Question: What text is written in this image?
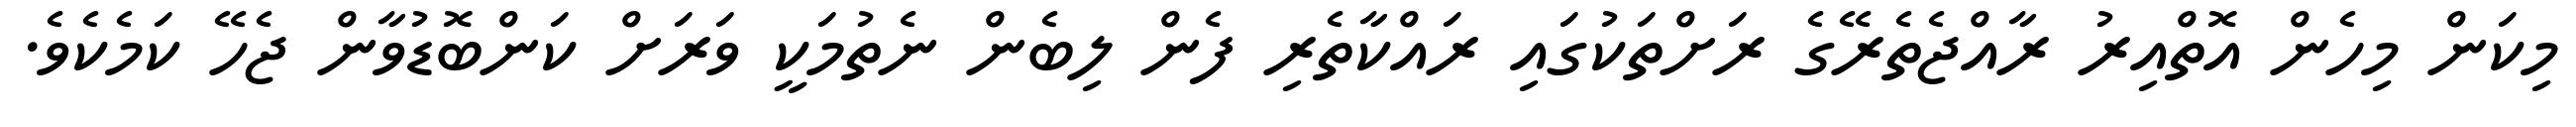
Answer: މިކަން މިހެން އޮތްއިރު ރާއްޖެތެރޭގެ ރަށްތަކުގައި ރައްކާތެރި ފެން ލިބެން ނެތުމަކީ ވަރަށް ކަންބޮޑުވާން ޖެހޭ ކަމެކެވެ.